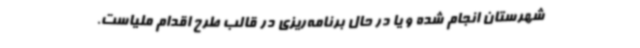
شهرستان انجام شده و یا در حال برنامه‌ریزی در قالب طرح اقدام ملیاست.